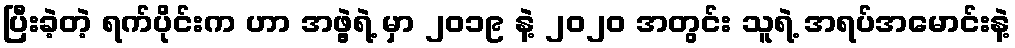
ပြီးခဲ့တဲ့ ရက်ပိုင်းက ဟာ အဖွဲ့ရဲ့ မှာ ၂၀၁၉ နဲ့ ၂၀၂၀ အတွင်း သူရဲ့ အရပ်အမောင်းနဲ့